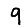
Digit: 9